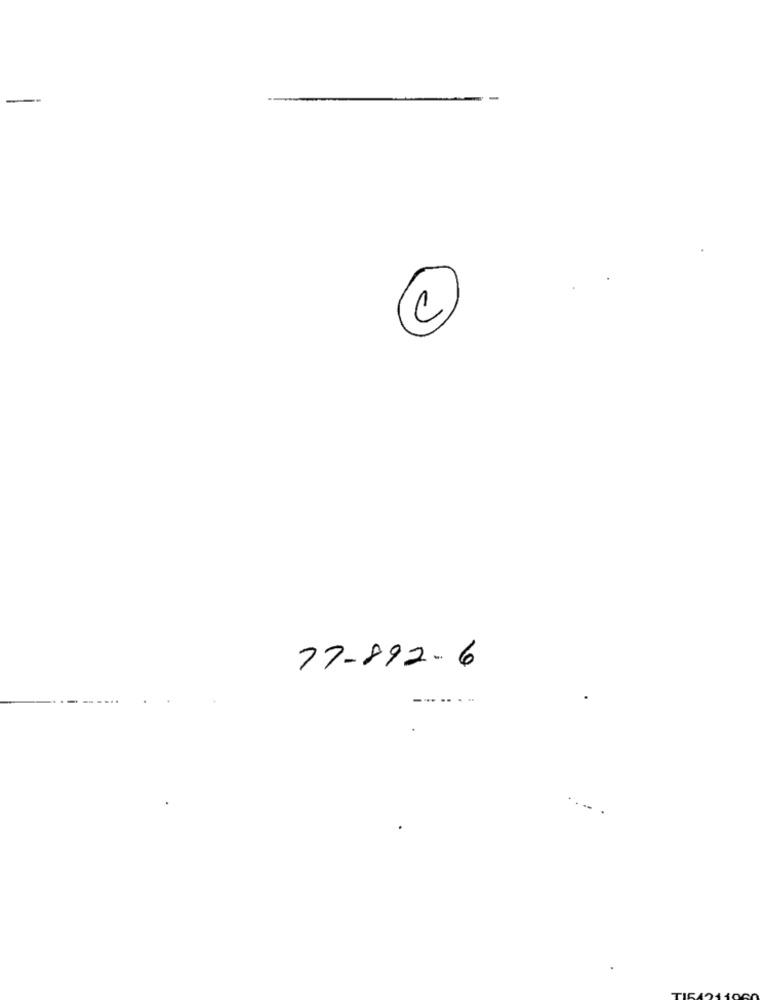
77-892-6
--